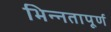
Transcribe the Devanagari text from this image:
भिन्‍नतापूर्ण